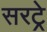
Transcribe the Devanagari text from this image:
सरट्रे